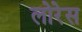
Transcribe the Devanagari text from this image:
लोरेस